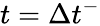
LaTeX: t=\Delta{t}^{-}